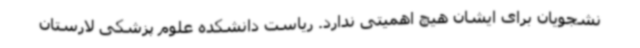
نشجویان برای ایشان هیچ اهمیتی ندارد. ریاست دانشکده علوم پزشکی لارستان